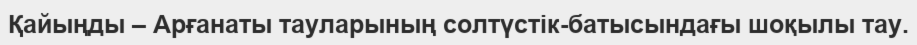
Қайыңды – Арғанаты тауларының солтүстік-батысындағы шоқылы тау.